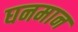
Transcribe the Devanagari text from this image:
घनमान